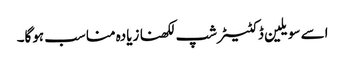
اسے سویلین ڈکٹیٹرشپ لکھنا زیادہ مناسب ہوگا۔